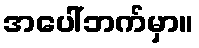
အပေါ်ဘက်မှာ။